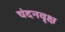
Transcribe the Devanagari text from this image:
चंदनवृक्ष